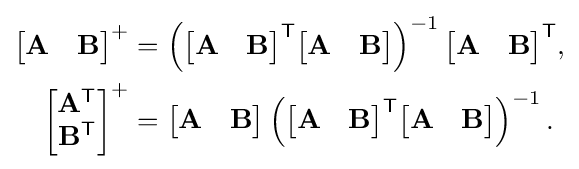
{\begin{aligned}{\begin{bmatrix}\mathbf {A} &\mathbf {B} \end{bmatrix}}^{+}&=\left({\begin{bmatrix}\mathbf {A} &\mathbf {B} \end{bmatrix}}^{\textsf {T}}{\begin{bmatrix}\mathbf {A} &\mathbf {B} \end{bmatrix}}\right)^{-1}{\begin{bmatrix}\mathbf {A} &\mathbf {B} \end{bmatrix}}^{\textsf {T}},\\{\begin{bmatrix}\mathbf {A} ^{\textsf {T}}\\\mathbf {B} ^{\textsf {T}}\end{bmatrix}}^{+}&={\begin{bmatrix}\mathbf {A} &\mathbf {B} \end{bmatrix}}\left({\begin{bmatrix}\mathbf {A} &\mathbf {B} \end{bmatrix}}^{\textsf {T}}{\begin{bmatrix}\mathbf {A} &\mathbf {B} \end{bmatrix}}\right)^{-1}.\end{aligned}}